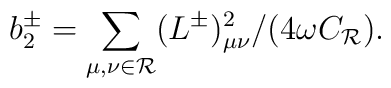
b_2^\pm=\sum_{\mu,\nu\in{\cal R}}(L^\pm)^2_{\mu\nu}/(4\omega C_{\cal   R}).